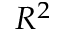
R ^ { 2 }